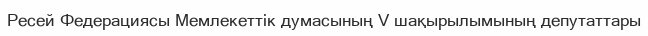
Ресей Федерациясы Мемлекеттік думасының V шақырылымының депутаттары